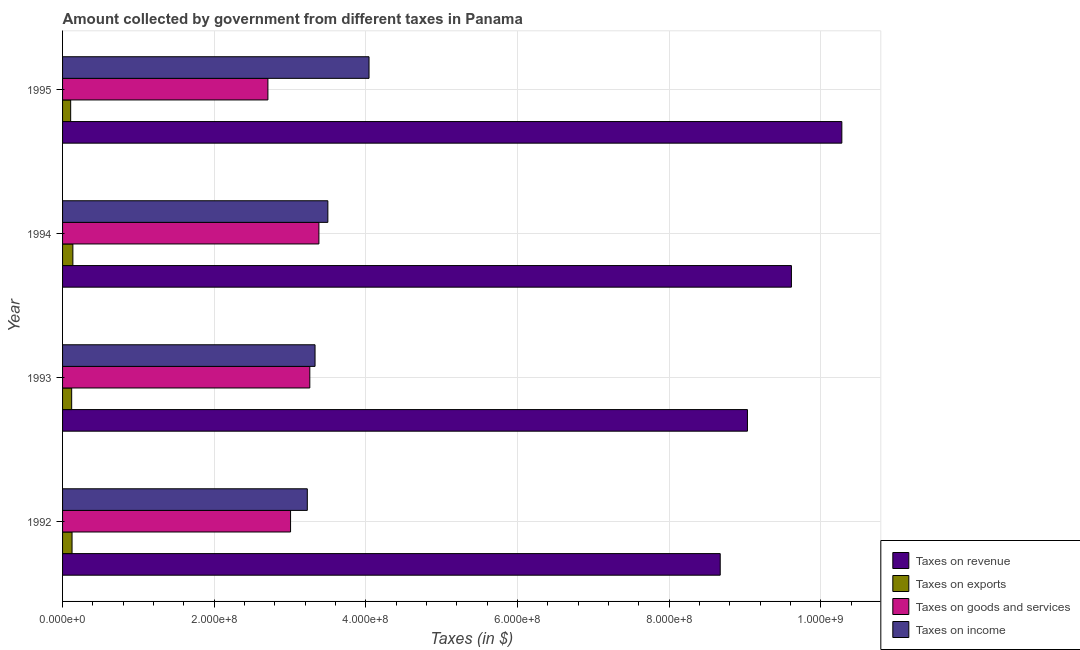
| Year | Taxes on revenue | Taxes on exports | Taxes on goods and services | Taxes on income |
 | --- | --- | --- | --- | --- |
 | 1992 | 8.67e+08 | 1.25e+07 | 3.01e+08 | 3.23e+08 |
 | 1993 | 9.03e+08 | 1.2e+07 | 3.26e+08 | 3.33e+08 |
 | 1994 | 9.61e+08 | 1.36e+07 | 3.38e+08 | 3.5e+08 |
 | 1995 | 1.03e+09 | 1.07e+07 | 2.71e+08 | 4.04e+08 |